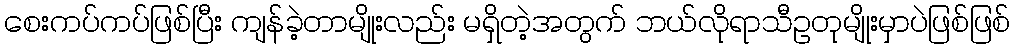
စေးကပ်ကပ်ဖြစ်ပြီး ကျန်ခဲ့တာမျိုးလည်း မရှိတဲ့အတွက် ဘယ်လိုရာသီဥတုမျိုးမှာပဲဖြစ်ဖြစ်